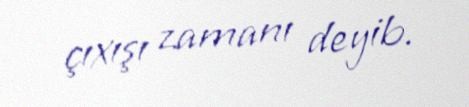
çıxışı zamanı deyib.